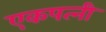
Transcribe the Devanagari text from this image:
एकपत्‍नी